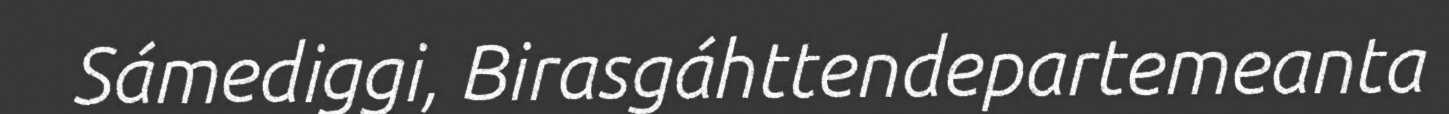
Sámediggi, Birasgáhttendepartemeanta